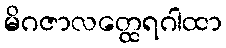
မိဂဇာလတ္ထေရဂါထာ